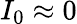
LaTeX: I_{0}\approx 0